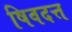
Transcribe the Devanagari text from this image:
षिवदत्त